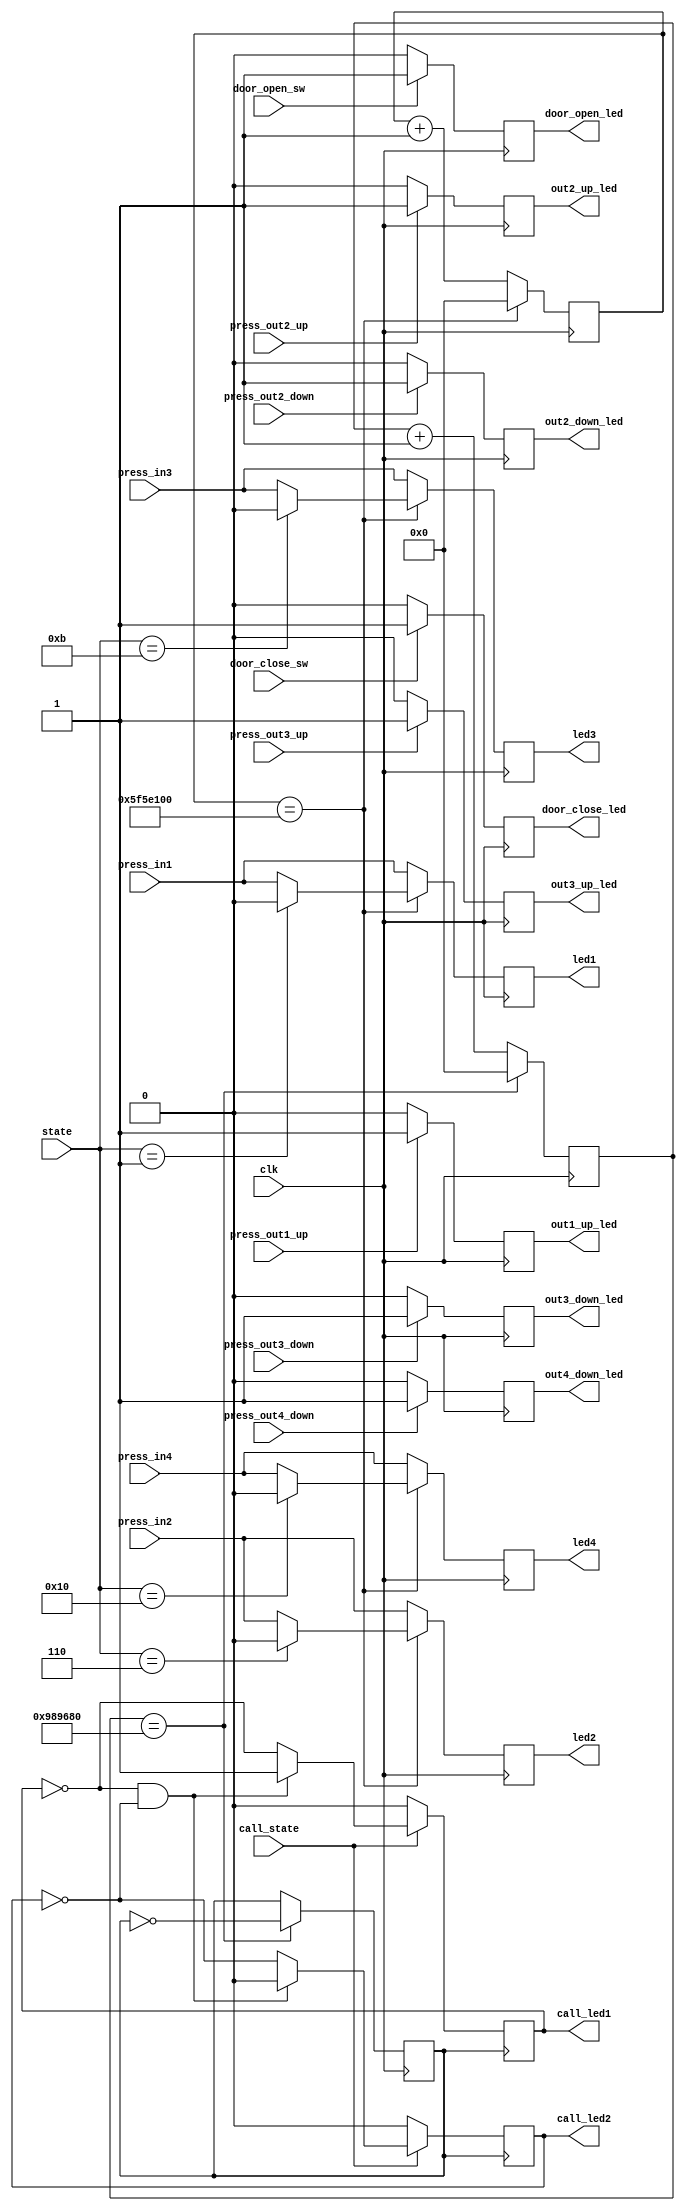
`timescale 1ns / 1ps
//////////////////////////////////////////////////////////////////////////////////
// Company: 
// Engineer: 
// 
// Design Name: 
// Module Name: led
// Project Name: 
// Target Devices: 
// Tool Versions: 
// Description: 
// 
// Dependencies: 
// 
// Revision:
// Revision 0.01 - File Created
// Additional Comments:
// 
//////////////////////////////////////////////////////////////////////////////////


module led(
	input wire clk,
	input wire press_in1,
	input wire press_in2, 
	input wire press_in3, 
	input wire press_in4,
	output reg led1 = 0,
	output reg led2 = 0,
	output reg led3 = 0,
	output reg led4 = 0,
	input wire[4:0] state,
	input wire door_open_sw,
	input wire door_close_sw,
	output reg door_open_led = 0,
	output reg door_close_led = 0,
	input wire call_state,
	output reg call_led1 = 0,
	output reg call_led2 = 0,
	input wire press_out1_up,
	input wire press_out2_up,
	input wire press_out2_down,
	input wire press_out3_up,
	input wire press_out3_down,
	input wire press_out4_down,
	output reg out1_up_led = 0,
	output reg out2_up_led = 0,
	output reg out2_down_led = 0,
	output reg out3_up_led = 0,
	output reg out3_down_led = 0,
	output reg out4_down_led = 0
    );
	
	parameter max=100000000; //2
	reg[30:0] n;
	
	parameter max_5HZ = 10000000;	//5HZ
	reg[30:0] n_5HZ;
	reg clk_5HZ;
	
	always @(posedge clk)
	begin
		if(press_out1_up == 1)
			out1_up_led <= 1;
		else
			out1_up_led <= 0;
		if(press_out2_up == 1)
			out2_up_led <= 1;
		else
			out2_up_led <= 0;
		if(press_out2_down == 1)
			out2_down_led <= 1;
		else
			out2_down_led <= 0;
		if(press_out3_up == 1)
			out3_up_led <= 1;
		else
			out3_up_led <= 0;
		if(press_out3_down == 1)
			out3_down_led <= 1;
		else
			out3_down_led <= 0;
		if(press_out4_down == 1)
			out4_down_led <= 1;
		else
			out4_down_led <= 0;
	end
	
	always @(posedge clk)
	begin
		if(n_5HZ == max_5HZ)
		begin
			clk_5HZ <= ~clk_5HZ;
			n_5HZ <= 0;
		end
		else
		begin
			n_5HZ <= n_5HZ + 1;
		end
	end
	
	always @(posedge clk_5HZ)
	begin
		if(call_state == 1)
		begin
			if(call_led1 == 0 && call_led2 == 0)
			begin
				call_led1 <= 1;
				call_led2 <= 0;
			end
			else
			begin
				call_led1 <= ~call_led1;
				call_led2 <= ~call_led2;
			end
		end
		else
		begin
			call_led1 <= 0;
			call_led2 <= 0;
		end
	end
	
	always @(posedge clk)
	begin
		led1 <= press_in1;
		led2 <= press_in2;
		led3 <= press_in3;
		led4 <= press_in4;
		
		if(door_open_sw)
			door_open_led = 1;
		else
			door_open_led = 0;
			
		if(door_close_sw)
			door_close_led = 1;
		else
			door_close_led = 0;
		
		// input state
		if(n == max)
		begin
			n <= 0;
			case(state)
			5'b00000://
				begin
					
				end
			5'b00001://1 1
				begin
					led1 <= 0;
				end
			5'b00010://1 2
				begin
					
				end
			5'b00011://1 3
				begin
					
				end
			5'b00100://1 4
				begin
					
				end
			5'b00101://2 1
				begin
					
				end
			5'b00110://2 2
				begin
					led2 <= 0;
				end
			5'b00111://2 3
				begin
					
				end
			5'b01000://2 4
				begin
					
				end
			5'b01001://3 1
				begin
					
				end
			5'b01010://3 2
				begin
					
				end
			5'b01011://3 3
				begin
					led3 <= 0;
				end
			5'b01100://3 4
				begin
					
				end
			5'b01101://4 1
				begin
					
				end
			5'b01110://4 2
				begin
					
				end
			5'b01111://4 3
				begin
					
				end
			5'b10000://4 4
				begin
					led4 <= 0;
				end
			endcase
		end
		else n <= n + 1;
	end
	
endmodule